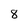
Character: 8